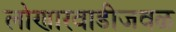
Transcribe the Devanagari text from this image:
लोणारवाडीजवळ